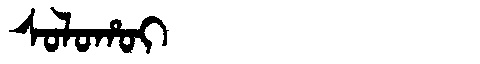
Manchu: ᠰᠣᠯᠣᡥᠣᡳ
Romanization: SOLOHOI